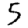
Digit: 5